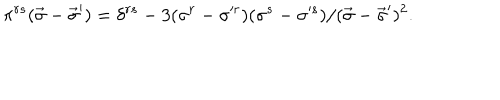
\pi ^ { r s } ( \vec { \sigma } - \vec { \sigma } ^ { \prime } ) = \delta ^ { r s } - 3 ( \sigma ^ { r } - \sigma ^ { r } ) ( \sigma ^ { s } - \sigma ^ { s } ) / ( \vec { \sigma } - \vec { \sigma } ^ { \prime } ) ^ { 2 } .